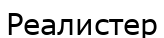
Реалистер